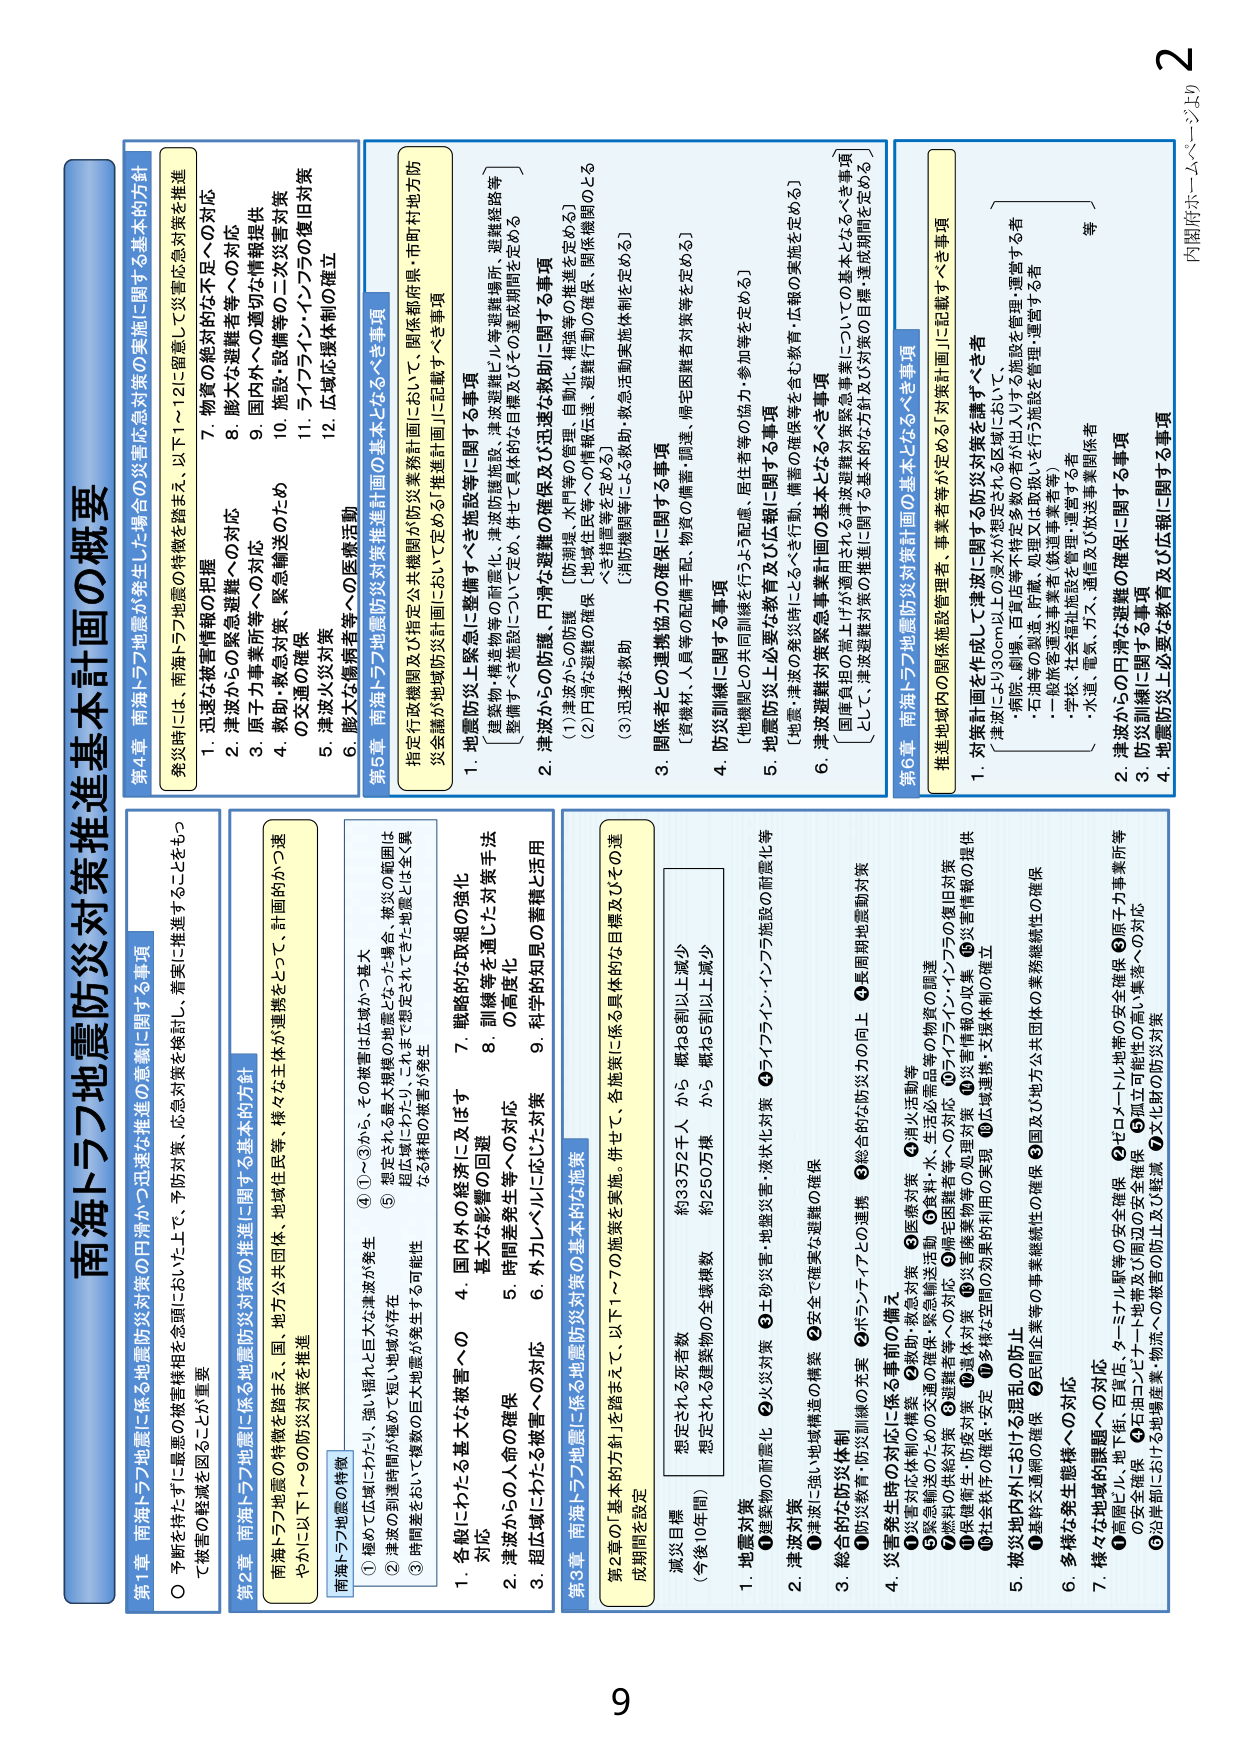
南海トラフ地震防災対策推進基本計画の概要

第1章 南海トラフ地震に係る地震防災対策の円滑かつ迅速な推進の意義に関する事項
○ 予断を待たずに最悪の被害様相を念頭においた上で、予防対策・応急対策を検討し、着実に推進することをもって被害の軽減を図ることが重要

第2章 南海トラフ地震に係る地震防災対策の推進に関する基本的方針
南海トラフ地震の特徴を踏まえ、国、地方公共団体、地域住民等、様々な主体が連携をとって、計画的かつ速やかに以下1～9の防災対策を推進

南海トラフ地震の特徴
① 極めて広域にわたり、強い揺れと巨大な津波が発生
② 津波の到達時間が極めて短い地域が存在
③ 時間差をもって複数の巨大地震が発生する可能性

1. 各国にわたったる甚大な被害への対応
2. 津波からの人命の確保
3. 超広域にわたる被害への対応
4. 国内外の経済に及ぼす甚大な影響の回避
5. 時間差発生等への対応
6. 外力レベルに応じた対策
7. 戦略的な組みの強化
8. 訓練等を通じた対策手法の高度化
9. 科学的知見の蓄積と活用

第3章 南海トラフ地震に係る地震防災対策の基本的な施策
第2章の「基本的方針」を踏まえて、以下1～7の施策を実施。併せて、各施策に係る具体的な目標及びその達成期間を設定

減災目標
（今後10年間）
想定される死者数 約33万2千人 から 概ね8割以上減少
想定される避難者の全数模数 約250万棟 から 概ね25割以上減少

1. 地震対策
① 建築物の耐震化 ② 土砂災害・地盤災害・液状化対策 ③ ライフライン・インフラ施設の耐震化等

2. 津波対策
① 津波対策の推進 ② 安全で確実な避難の確保

3. 総合的な防災体制
① 防災教育・防災訓練の充実 ② ハンディアシストの連携 ③ 総合的な防災力の向上 ④ 長周期地震動対策

4. 災害発生時の対応に係る事前の備え
① 災害対応体制の整備 ② 救助・救急対策 ③ 医療対策 ④ 消火活動等
⑤ 緊急輸送の確保 ⑥ 食料・水・生活必需品の物資の調達 ⑦ 避難者等への対応 ⑧ ライフライン・インフラの復旧対策
⑨ 災害情報の収集 ⑩ 災害警報等の処理対策 ⑪ 避難所の確保 ⑫ 基本対策 ⑬ 災害情報の提供 ⑭ 広域連携・支援体制の確立

5. 被災地内外における市民の防災
① 連携交通網の確保 ② 民間企業等の事業継続性の確保 ③ 国及び地方公共団体の事業継続性の確保

6. 多様な発生態様への対応
① 様々な地域的課題への対応
① 高齢化・地下街・百貨店・ターミナル駅等の安全確保 ② セロメール地帯の安全確保 ③ 原子力事業所等の安全確保 ④ 孤立可能性の高い集落への対応
⑤ 沿岸部における地場産業・物流への影響の防止及び軽減 ⑥ 文化財の防災対策

第4章 南海トラフ地震が発生した場合の災害応急対策の実施に関する基本的方針
発災時には、南海トラフ地震の特徴を踏まえ、以下1～12に留意して災害応急対策を推進
1. 迅速な被害情報の把握
2. 津波からの緊急避難への対応
3. 原子力事業所等への対応
4. 救助・救急対策、緊急輸送のための交通の確保
5. 津波火災対策
6. 膨大な傷病者等への医療活動
7. 物資の総対的な不足への対応
8. 膨大な避難者等への対応
9. 国内外への適切な情報提供
10. 施設・設備等の二次災害対策
11. ライフライン・インフラの復旧対策
12. 広域応援体制の確立

第5章 南海トラフ地震防災対策推進計画の基本となるべき事項
指定行政機関及び指定公共機関が「防災業務計画」において、「関係都府県・市町村地方防災会議が地域防災計画において定める推進計画」に記載すべき事項

1. 地震防災上緊急に整備すべき施設等に関する事項
[建築物・構造物等の耐震化、津波防護施設、津波避難ビル等避難場所、避難経路等]
[整備すべき施設について定め、併せて具体的な目標及びその達成期間を定める]

2. 津波からの防護、円滑な避難の確保及び迅速な救助に関する事項
(1) 津波からの防護 [防潮堤、水門等の管理、自動化・補強等の推進を定める]
(2) 円滑な避難の確保 [地域住民等への情報伝達・避難行動の確保、関係機関のととのえ情報等を定める]
(3) 迅速な救助 [消防機関等による救助・救急活動要施体制を定める]

3. 関係者との連携協力の確保に関する事項
[資機材、人員等の配備手配、物資の備蓄・調達、帰宅困難者対策等を定める]

4. 防災訓練に関する事項
[地域機関との共同訓練を行うよう配慮、居住者等の協力・参加等を定める]

5. 地震・津波の発災時とその復旧・備蓄の確保に関する事項
[地震・津波の発災時とその復旧・備蓄の確保を含む教育・広報の実施を定める]

6. 津波避難災害緊急事業計画の基本となるべき事項
[国庫負担の嵩上げが適用される津波避難対策緊急事業についての基本となるべき事項として、津波避難対策の推進に関する基本的な方針及び対策の目標・達成期間を定める]

第6章 南海トラフ地震防災対策計画の基本となるべき事項
推進地域内の関係施設管理者・事業者等が定める「対策計画」に記載すべき事項

1. 対策計画を作成して津波に関する防災対策を講ずべき者
[津波により30cm以上の浸水が想定される区域において、
- 場所、劇場、百貨店等大規模な多数の者が出入りする施設を管理・運営する者
- 石油等の製造、貯蔵、処理又は取扱いを行う施設を管理・運営する者
- 一般旅客運送事業者（鉄道事業者等）
- 学校、社会福祉施設を管理・運営する者
- 水道、電気、ガス、通信及び放送事業関係者
等]

2. 津波からの円滑な避難の確保に関する事項

3. 防災訓練に関する事項

4. 地震防災上必要な教育及び広報に関する事項

内閣府ホームページより
2
9